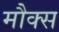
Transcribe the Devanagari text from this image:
मौक्स